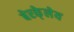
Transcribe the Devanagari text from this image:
बेरके्लेय